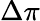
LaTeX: \Delta\pi